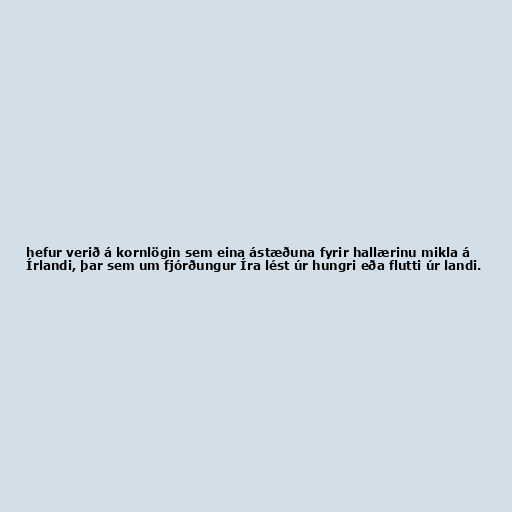
hefur verið á kornlögin sem eina ástæðuna fyrir hallærinu mikla á
Írlandi, þar sem um fjórðungur Íra lést úr hungri eða flutti úr landi.